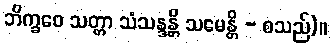
ဘိက္ခဝေ သတ္တာ သံသန္ဒန္တိ သမေန္တိ - စသည်)။